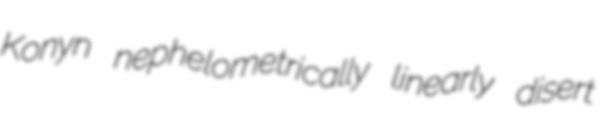
Konyn nephelometrically linearly disert